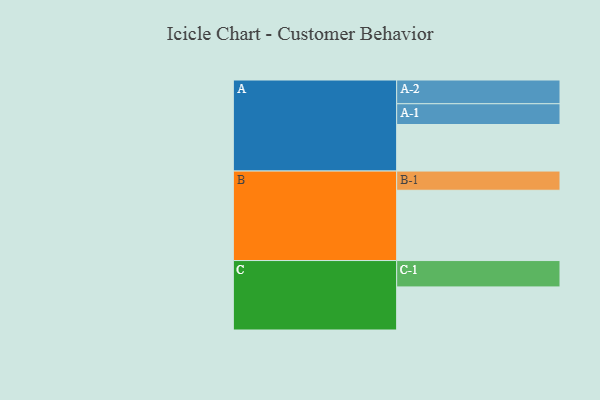
{"axis": {"x": "Segment", "y": "Value"}, "legend": ["", "A", "B", "C"], "data": [{"x": "A", "y": 390, "type": ""}, {"x": "B", "y": 589, "type": ""}, {"x": "C", "y": 361, "type": ""}, {"x": "A-1", "y": 174, "type": "A"}, {"x": "A-2", "y": 199, "type": "A"}, {"x": "B-1", "y": 161, "type": "B"}, {"x": "C-1", "y": 221, "type": "C"}]}